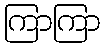
ကြာကြာ